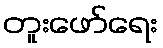
တူးဖော်ရေး